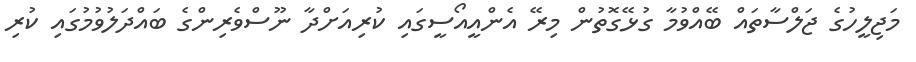
މަޖިލީހުގެ ޖަލްސާތައް ބޭއްވުމާ ގުޅޭގޮތުން މިރޭ އެންއީއޯސީގައި ކުރިއަށްދާ ނޫސްވެރިންގެ ބައްދަލުވުމުގައި ކުރި